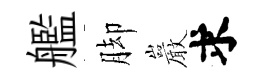
艦脚巖求